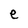
Character: e